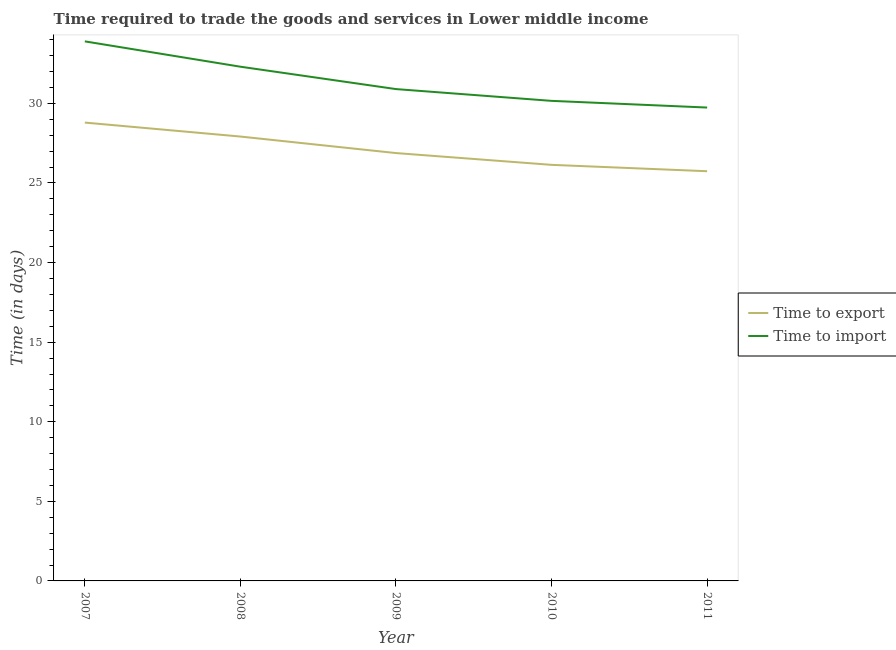
| Year | Time to export | Time to import |
 | --- | --- | --- |
 | 2007 | 28.8 | 33.9 |
 | 2008 | 27.9 | 32.3 |
 | 2009 | 26.9 | 30.9 |
 | 2010 | 26.1 | 30.2 |
 | 2011 | 25.7 | 29.7 |